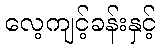
လေ့ကျင့်ခန်းနှင့်